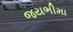
જયભીમા